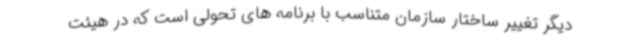
دیگر تغییر ساختار سازمان متناسب با برنامه های تحولی است که در هیئت